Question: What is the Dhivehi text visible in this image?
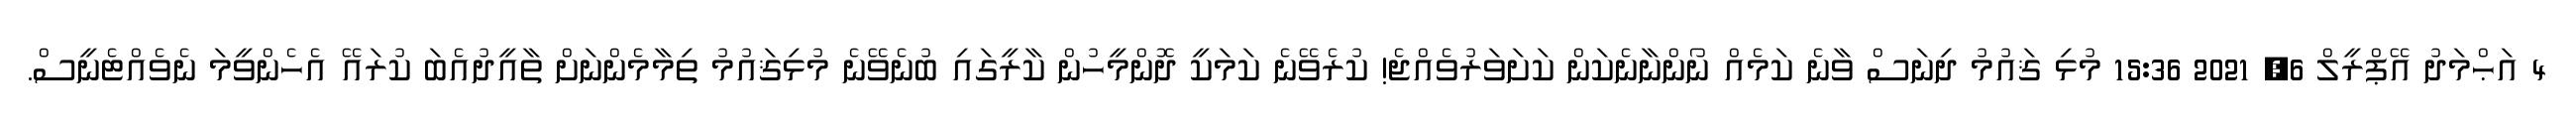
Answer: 4 އަޙްމަދު އޭޕްރީލް 6, 2021 15:36 މުޅި ޤައުމު ދިނަސް ވާނެ ކަމެއް ނޯންނާނެކަން ކަށަވަރުވެއްޖެ! ކުރެވޭނެ ކަމަކީ ދޮންމީހުން ކާރީގައި ބުނެވޭނެ މުޅިޤައުމު ތިމާމެންނަށް ތާއީދުއެބަ ކުރައޭ އެހެންވީމަ ނެވެއްޓެނީސް.